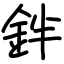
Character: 鉡